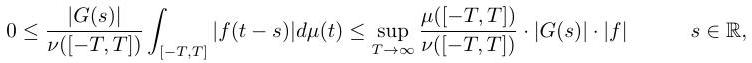
$0 \leq \frac{|G(s)|}{\nu([-T,T])} \int_{[-T,T]} |f(t - s)|d\mu(t) \leq \sup_{T \to \infty} \frac{\mu([-T,T])}{\nu([-T,T])} \cdot |G(s)| \cdot |f| \quad s \in \mathbb{R},$